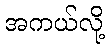
အကယ်လို့